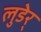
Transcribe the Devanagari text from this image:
लुडेर्